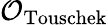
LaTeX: \mathcal{O}_{\mathrm{Touschek}}